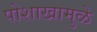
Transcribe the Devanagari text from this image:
पोशाखामुळे